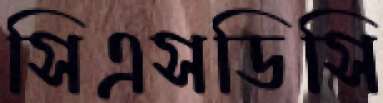
সিএসডিসি